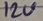
Text: 12V